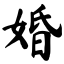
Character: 婚